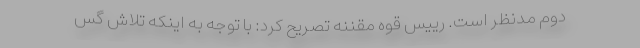
دوم مدنظر است. رییس قوه مقننه تصریح کرد: با توجه به اینکه تلاش گس